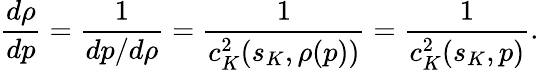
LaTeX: \frac{d\rho}{dp}=\frac{1}{dp/d\rho}=\frac{1}{c_{K}^{2}(s_{K},\rho(p))}=\frac{1}{c_{K}^{2}(s_{K},p)}.